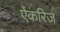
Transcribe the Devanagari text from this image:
ऐंकरिज